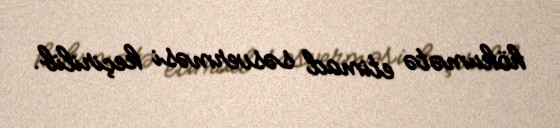
hökumətə etimad səsverməsi keçirilib.